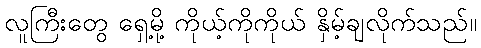
လူကြီးတွေ ရှေ့မို့ ကိုယ့်ကိုကိုယ် နှိမ့်ချလိုက်သည်။